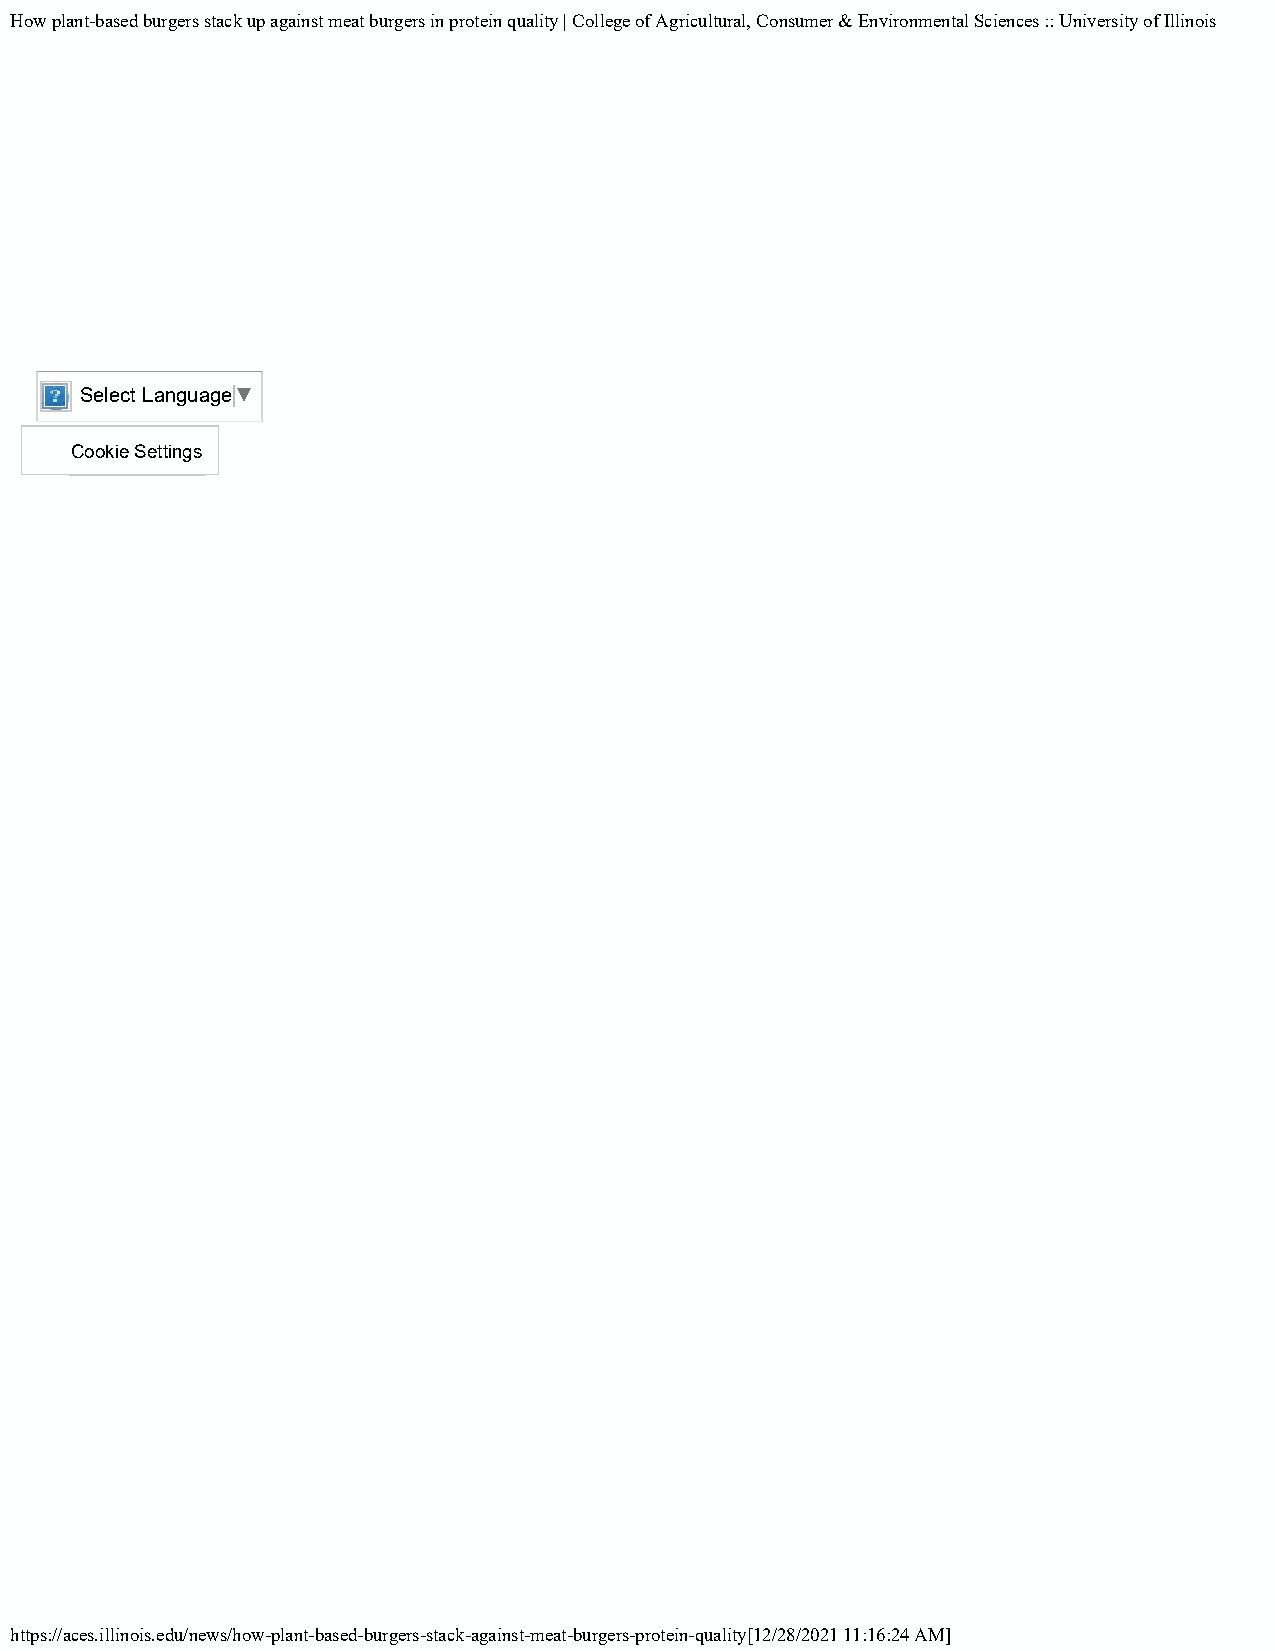
How plant-based burgers stack up against meat burgers in protein quality | College of Agricultural, Consumer & Environmental Sciences :: University of Illinois
 Admissions
 Giving
 About Illinois
 Coronavirus (COVID-19)
 Select Language​▼
 Cookie Settings
 Copyright Privacy Policy Bylaws Login Inside ACES (Fac/Staff)
 https://aces.illinois.edu/news/how-plant-based-burgers-stack-against-meat-burgers-protein-quality[12/28/2021 11:16:24 AM]